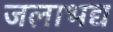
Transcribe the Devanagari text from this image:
जलाभद्य